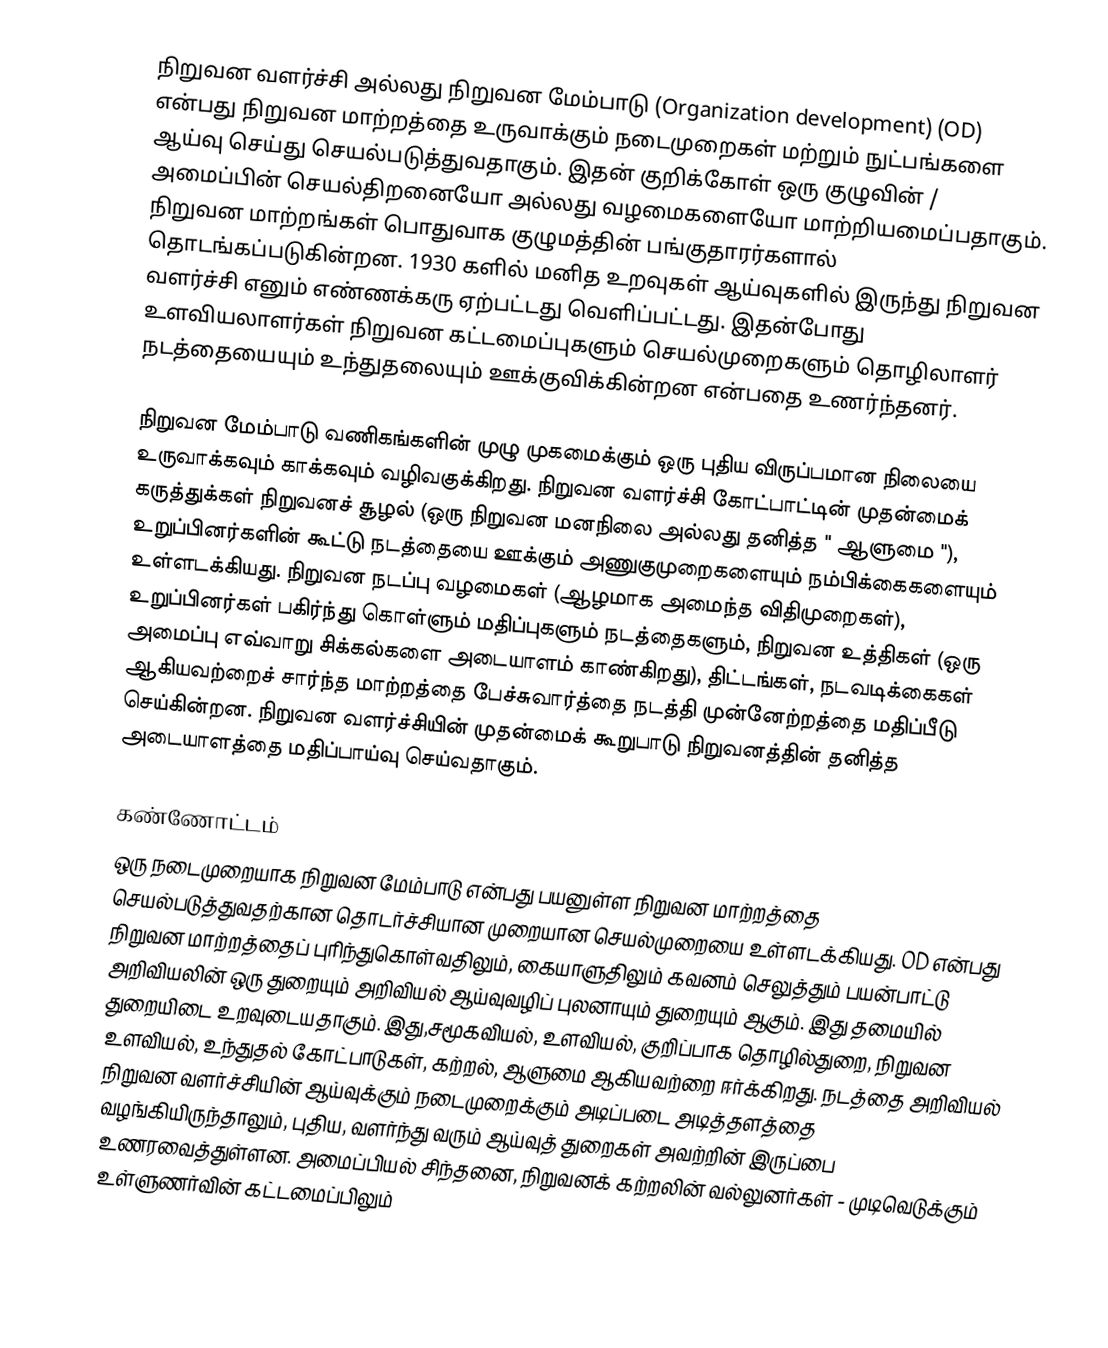
நிறுவன வளர்ச்சி அல்லது நிறுவன மேம்பாடு (Organization development) (OD) என்பது நிறுவன மாற்றத்தை  உருவாக்கும் நடைமுறைகள் மற்றும் நுட்பங்களை ஆய்வு செய்து செயல்படுத்துவதாகும். இதன் குறிக்கோள் ஒரு குழுவின் / அமைப்பின் செயல்திறனையோ அல்லது வழமைகளையோ மாற்றியமைப்பதாகும். நிறுவன மாற்றங்கள் பொதுவாக குழுமத்தின் பங்குதாரர்களால் தொடங்கப்படுகின்றன. 1930 களில் மனித உறவுகள் ஆய்வுகளில் இருந்து நிறுவன வளர்ச்சி  எனும் எண்ணக்கரு ஏற்பட்டது வெளிப்பட்டது. இதன்போது உளவியலாளர்கள் நிறுவன கட்டமைப்புகளும் செயல்முறைகளும் தொழிலாளர் நடத்தையையும் உந்துதலையும்  ஊக்குவிக்கின்றன என்பதை உணர்ந்தனர்.

நிறுவன மேம்பாடு வணிகங்களின் முழு முகமைக்கும் ஒரு புதிய விருப்பமான நிலையை உருவாக்கவும் காக்கவும் வழிவகுக்கிறது. நிறுவன வளர்ச்சி  கோட்பாட்டின் முதன்மைக் கருத்துக்கள் நிறுவனச் சூழல் (ஒரு நிறுவன மனநிலை அல்லது தனித்த " ஆளுமை "), உறுப்பினர்களின் கூட்டு நடத்தையை ஊக்கும் அணுகுமுறைகளையும் நம்பிக்கைகளையும் உள்ளடக்கியது. நிறுவன நடப்பு வழமைகள் (ஆழமாக அமைந்த விதிமுறைகள்), உறுப்பினர்கள் பகிர்ந்து கொள்ளும் மதிப்புகளும்  நடத்தைகளும், நிறுவன உத்திகள் (ஒரு அமைப்பு எவ்வாறு சிக்கல்களை அடையாளம் காண்கிறது), திட்டங்கள், நடவடிக்கைகள் ஆகியவற்றைச் சார்ந்த மாற்றத்தை பேச்சுவார்த்தை நடத்தி முன்னேற்றத்தை மதிப்பீடு செய்கின்றன. நிறுவன வளர்ச்சியின் முதன்மைக் கூறுபாடு நிறுவனத்தின் தனித்த அடையாளத்தை மதிப்பாய்வு செய்வதாகும்.

கண்ணோட்டம்
ஒரு நடைமுறையாக நிறுவன மேம்பாடு என்பது பயனுள்ள நிறுவன மாற்றத்தை செயல்படுத்துவதற்கான தொடர்ச்சியான முறையான செயல்முறையை உள்ளடக்கியது. OD என்பது நிறுவன மாற்றத்தைப் புரிந்துகொள்வதிலும், கையாளுதிலும் கவனம் செலுத்தும் பயன்பாட்டு அறிவியலின் ஒரு துறையும் அறிவியல் ஆய்வுவழிப் புலனாயும் துறையும் ஆகும். இது தமையில் துறையிடை உறவுடையதாகும். இது,சமூகவியல், உளவியல்,  குறிப்பாக தொழில்துறை, நிறுவன உளவியல்,  உந்துதல் கோட்பாடுகள், கற்றல், ஆளுமை ஆகியவற்றை ஈர்க்கிறது. நடத்தை அறிவியல் நிறுவன வளர்ச்சியின் ஆய்வுக்கும்  நடைமுறைக்கும் அடிப்படை அடித்தளத்தை வழங்கியிருந்தாலும், புதிய, வளர்ந்து வரும் ஆய்வுத் துறைகள் அவற்றின் இருப்பை உணரவைத்துள்ளன. அமைப்பியல் சிந்தனை, நிறுவனக் கற்றலின் வல்லுனர்கள் - முடிவெடுக்கும் உள்ளுணர்வின் கட்டமைப்பிலும்